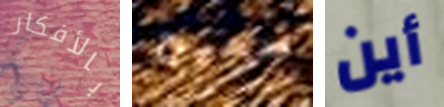
بالأفكار صحيح أين